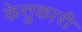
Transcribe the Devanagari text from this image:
केत्तुकारी